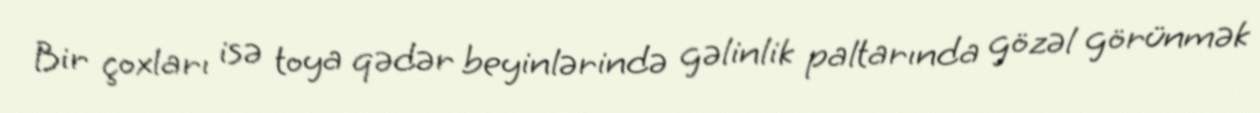
Bir çoxları isə toya qədər beyinlərində gəlinlik paltarında gözəl görünmək